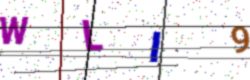
Text: WLI9